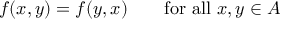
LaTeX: f ( x , y ) = f ( y , x ) \qquad { \mathrm { f o r ~ a l l ~ } } x , y \in A